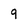
Character: 9